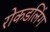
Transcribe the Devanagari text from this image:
रोकडलिंग